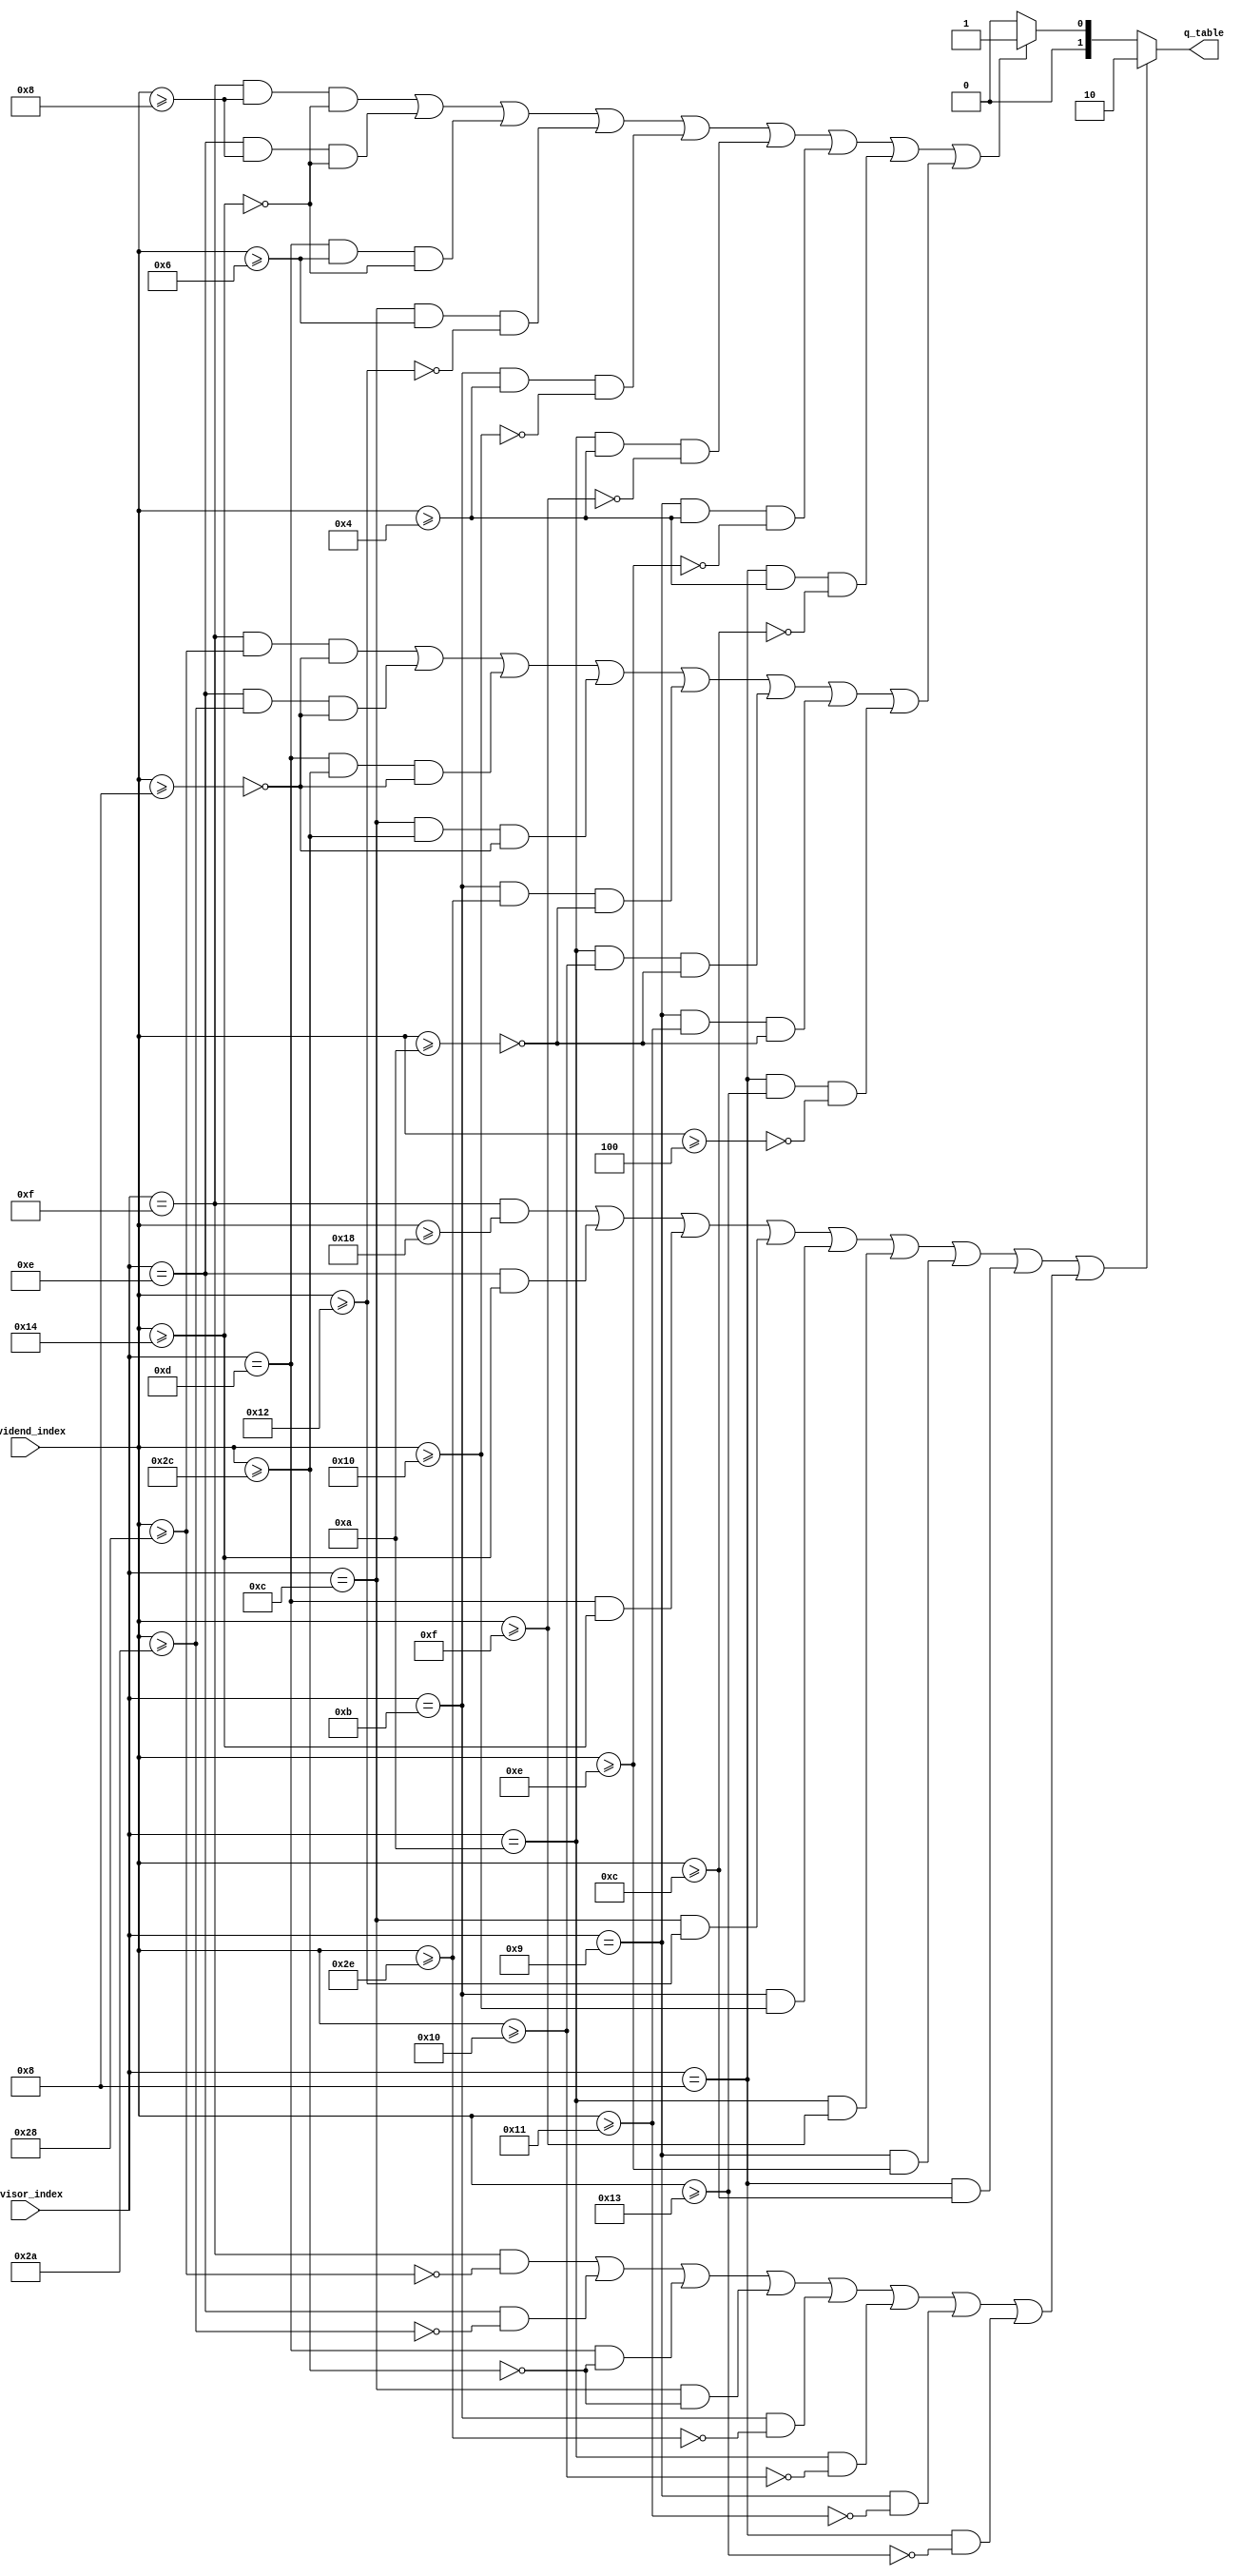

/*
radix4_table.v
srt4
Designer : Wang Zi Chen
*/

module radix4_table
(
input signed[6:0] dividend_index, 
input[3:0] divisor_index,

output[1:0] q_table

);

wire dividend_index_neg = dividend_index[6] ;

wire dividend_index_fix = dividend_index_neg ? ~dividend_index + 1 : dividend_index ;


wire d_1000 = (divisor_index == 4'b1000);
wire d_1001 = (divisor_index == 4'b1001);
wire d_1010 = (divisor_index == 4'b1010);
wire d_1011 = (divisor_index == 4'b1011);
wire d_1100 = (divisor_index == 4'b1100);
wire d_1101 = (divisor_index == 4'b1101);
wire d_1110 = (divisor_index == 4'b1110);
wire d_1111 = (divisor_index == 4'b1111);



wire x_ge_12 = (dividend_index >= 12) ;
wire x_ge_14 = (dividend_index >= 14) ;
wire x_ge_15 = (dividend_index >= 15) ;
wire x_ge_16 = (dividend_index >= 16) ;
wire x_ge_18 = (dividend_index >= 18) ;
wire x_ge_20 = (dividend_index >= 20) ;
wire x_ge_24 = (dividend_index >= 24) ;

wire x_ge_4 = (dividend_index >= 4) ;
wire x_ge_6 = (dividend_index >= 6) ;
wire x_ge_8 = (dividend_index >= 8) ;

wire x_ge_neg4 = (dividend_index >= -4) ;
wire x_ge_neg6 = (dividend_index >= -6) ;
wire x_ge_neg8 = (dividend_index >= -8) ;

wire x_ge_neg13 = (dividend_index >= -13) ;
wire x_ge_neg15 = (dividend_index >= -15) ;
wire x_ge_neg16 = (dividend_index >= -16) ;
wire x_ge_neg18 = (dividend_index >= -18) ;
wire x_ge_neg20 = (dividend_index >= -20) ;
wire x_ge_neg22 = (dividend_index >= -22) ;
wire x_ge_neg24 = (dividend_index >= -24) ;


wire d_1000_q_2 = (d_1000 & x_ge_12 ) ;
wire d_1000_q_1 = (d_1000 & x_ge_4 & ~x_ge_12 ) ;
wire d_1000_q_0 = (d_1000 & ~x_ge_4 & x_ge_neg4 ) ;
wire d_1000_q_neg1 = (d_1000 & x_ge_neg13 & ~x_ge_neg4 ) ;
wire d_1000_q_neg2 = (d_1000 & ~x_ge_neg13  ) ;


wire d_1001_q_2 = (d_1001 & x_ge_14 ) ;
wire d_1001_q_1 = (d_1001 & x_ge_4 & ~x_ge_14 ) ;
wire d_1001_q_0 = (d_1001 & x_ge_neg6 & ~x_ge_4 ) ;
wire d_1001_q_neg1 = (d_1001 & x_ge_neg15 & ~x_ge_neg6 ) ;
wire d_1001_q_neg2 = (d_1001 & ~x_ge_neg15  ) ;

wire d_1010_q_2 = (d_1010 & x_ge_15 ) ;
wire d_1010_q_1 = (d_1010 & x_ge_4 & ~x_ge_15 ) ;
wire d_1010_q_0 = (d_1010 & x_ge_neg6 & ~x_ge_4 ) ;
wire d_1010_q_neg1 = (d_1010 & x_ge_neg16 & ~x_ge_neg6 ) ;
wire d_1010_q_neg2 = (d_1010 & ~x_ge_neg16  ) ;

wire d_1011_q_2 = (d_1011 & x_ge_16 ) ;
wire d_1011_q_1 = (d_1011 & x_ge_4 & ~x_ge_16 ) ;
wire d_1011_q_0 = (d_1011 & x_ge_neg6 & ~x_ge_4 ) ;
wire d_1011_q_neg1 = (d_1011 & x_ge_neg18 & ~x_ge_neg6 ) ;
wire d_1011_q_neg2 = (d_1011 & ~x_ge_neg18  ) ;

wire d_1100_q_2 = (d_1100 & x_ge_18 ) ;
wire d_1100_q_1 = (d_1100 & x_ge_6 & ~x_ge_18 ) ;
wire d_1100_q_0 = (d_1100 & x_ge_neg8 & ~x_ge_6 ) ;
wire d_1100_q_neg1 = (d_1100 & x_ge_neg20 & ~x_ge_neg8 ) ;
wire d_1100_q_neg2 = (d_1100 & ~x_ge_neg20  ) ;

wire d_1101_q_2 = (d_1101 & x_ge_20 ) ;
wire d_1101_q_1 = (d_1101 & x_ge_6 & ~x_ge_20 ) ;
wire d_1101_q_0 = (d_1101 & x_ge_neg8 & ~x_ge_6 ) ;
wire d_1101_q_neg1 = (d_1101 & x_ge_neg20 & ~x_ge_neg8 ) ;
wire d_1101_q_neg2 = (d_1101 & ~x_ge_neg20  ) ;

wire d_1110_q_2 = (d_1110 & x_ge_20 ) ;
wire d_1110_q_1 = (d_1110 & x_ge_8 & ~x_ge_20 ) ;
wire d_1110_q_0 = (d_1110 & x_ge_neg8 & ~x_ge_8 ) ;
wire d_1110_q_neg1 = (d_1110 & x_ge_neg22 & ~x_ge_neg8 ) ;
wire d_1110_q_neg2 = (d_1110 & ~x_ge_neg22  ) ;

wire d_1111_q_2 = (d_1111 & x_ge_24 ) ;
wire d_1111_q_1 = (d_1111 & x_ge_8 & ~x_ge_20 ) ;
wire d_1111_q_0 = (d_1111 & x_ge_neg8 & ~x_ge_8 ) ;
wire d_1111_q_neg1 = (d_1111 & x_ge_neg24 & ~x_ge_neg8 ) ;
wire d_1111_q_neg2 = (d_1111 & ~x_ge_neg24  ) ;


wire q_2 = d_1111_q_2 | d_1110_q_2 | d_1101_q_2 | d_1100_q_2
			| d_1011_q_2 | d_1010_q_2 | d_1001_q_2 | d_1000_q_2;
			
wire q_1 = d_1111_q_1 | d_1110_q_1 | d_1101_q_1 | d_1100_q_1
			| d_1011_q_1 | d_1010_q_1 | d_1001_q_1 | d_1000_q_1;
			
wire q_0 = d_1111_q_0 | d_1110_q_0 | d_1101_q_0 | d_1100_q_0
			| d_1011_q_0 | d_1010_q_0 | d_1001_q_0 | d_1000_q_0;
			
wire q_neg1 = d_1111_q_neg1 | d_1110_q_neg1 | d_1101_q_neg1 | d_1100_q_neg1
			| d_1011_q_neg1 | d_1010_q_neg1 | d_1001_q_neg1 | d_1000_q_neg1;
			
wire q_neg2 = d_1111_q_neg2 | d_1110_q_neg2 | d_1101_q_neg2 | d_1100_q_neg2
			| d_1011_q_neg2 | d_1010_q_neg2 | d_1001_q_neg2 | d_1000_q_neg2;
			
assign q_table = (q_2 | q_neg2) ? 2'b10 : (q_1 | q_neg1) ? 2'b01 : q_0 ? 2'b00 : 2'b00 ;



endmodule